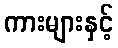
ကားများနှင့်